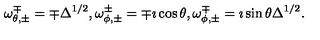
\omega _ { \theta , \pm } ^ { \mp } = \mp \Delta ^ { 1 / 2 } , \omega _ { \phi , \pm } ^ { \pm } = \mp \imath \cos { \theta } , \omega _ { \phi , \pm } ^ { \mp } = \imath \sin { \theta } \Delta ^ { 1 / 2 } .